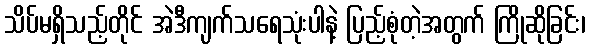
သိပ်မရှိသည့်တိုင် အဲဒီကျက်သရေသုံးပါနဲ့ ပြည့်စုံတဲ့အတွက် ကြိုဆိုခြင်း၊